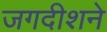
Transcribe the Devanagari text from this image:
जगदीशने